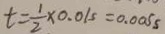
t = \frac { 1 } { 2 } \times 0 . 0 1 s = 0 . 0 0 5 s